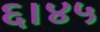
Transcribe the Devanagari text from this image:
६।४५